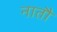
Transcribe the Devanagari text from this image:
नातौ